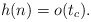
\begin{align*}h(n)=o(t_c).\end{align*}